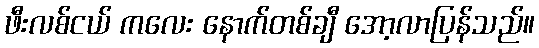
ဖီးလစ်ငယ် ကလေး နောက်တစ်ချီ အော့လာပြန်သည်။